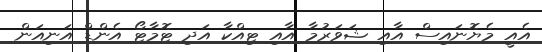
އެއީ މެޔޮނައިސް އާއި ޝަވަރުމާ އާއި ޓިއްކާ އަދި ޓޮމާޓޯ އެންޑް އަނިއަން